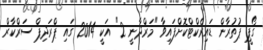
ގޯޕީ ޕުތުރާން ޑައިރެކްޓްކޮށްފައިވާ "މަރްދާނީ 2" އަކީ 2014 ގައި ޕްރަދިޕް ސަރްކާރް